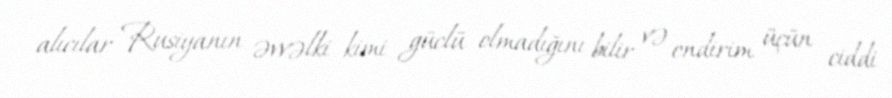
alıcılar Rusiyanın əvvəlki kimi güclü olmadığını bilir və endirim üçün ciddi